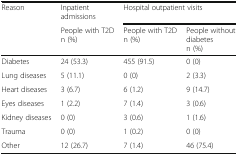
<table><thead><tr><td rowspan="2"><b>Reason</b></td><td><b>Inpatient admissions</b></td><td colspan="2"><b>Hospital outpatient visits</b></td></tr><tr><td><b>People with T2Dn (%)</b></td><td><b>People with T2Dn (%)</b></td><td><b>People without diabetesn (%)</b></td></tr></thead><tbody><tr><td>Diabetes</td><td>24 (53.3)</td><td>455 (91.5)</td><td>0 (0)</td></tr><tr><td>Lung diseases</td><td>5 (11.1)</td><td>0 (0)</td><td>2 (3.3)</td></tr><tr><td>Heart diseases</td><td>3 (6.7)</td><td>6 (1.2)</td><td>9 (14.7)</td></tr><tr><td>Eyes diseases</td><td>1 (2.2)</td><td>7 (1.4)</td><td>3 (0.6)</td></tr><tr><td>Kidney diseases</td><td>0 (0)</td><td>3 (0.6)</td><td>1 (1.6)</td></tr><tr><td>Trauma</td><td>0 (0)</td><td>1 (0.2)</td><td>0 (0)</td></tr><tr><td>Other</td><td>12 (26.7)</td><td>7 (1.4)</td><td>46 (75.4)</td></tr></tbody></table>